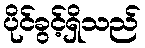
ပိုင်ခွင့်ရှိသည်